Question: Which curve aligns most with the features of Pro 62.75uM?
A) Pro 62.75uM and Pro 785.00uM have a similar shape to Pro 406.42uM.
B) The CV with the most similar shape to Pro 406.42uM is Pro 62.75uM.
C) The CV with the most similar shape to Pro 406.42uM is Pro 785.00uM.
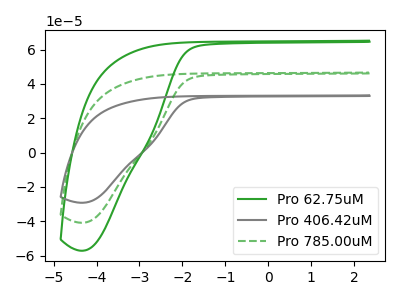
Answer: <think>The green curve "Pro 62.75uM" has no peaks. The gray curve "Pro 406.42uM" has no peaks. The green dashed curve "Pro 785.00uM" has no peaks.
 Neither "Pro 62.75uM" or "Pro 406.42uM" have any peaks. Neither "Pro 62.75uM" or "Pro 785.00uM" have any peaks. Neither "Pro 406.42uM" or "Pro 785.00uM" have any peaks.</think>
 <answer>A) "Pro 62.75uM" and "Pro 785.00uM" have a similar shape to "Pro 406.42uM".</answer>
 <eval>A</eval>